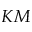
K M